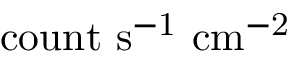
\mathrm { { c o u n t \ s ^ { - 1 } \ c m ^ { - 2 } } }